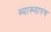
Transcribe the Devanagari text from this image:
व्याख्यापण